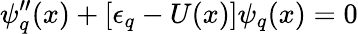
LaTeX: \psi_{q}^{\prime\prime}(x)+\left[\epsilon_{q}-U(x)\right]\psi_{q}(x)=0